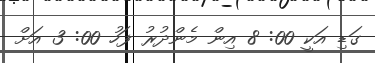
ގަޑި އަކީ 00: 8 އިން މެންދުރު ފަހު 00: 3 އަށް